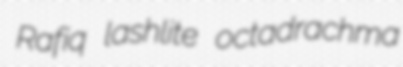
Rafiq lashlite octadrachma